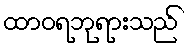
ထာဝရဘုရားသည်